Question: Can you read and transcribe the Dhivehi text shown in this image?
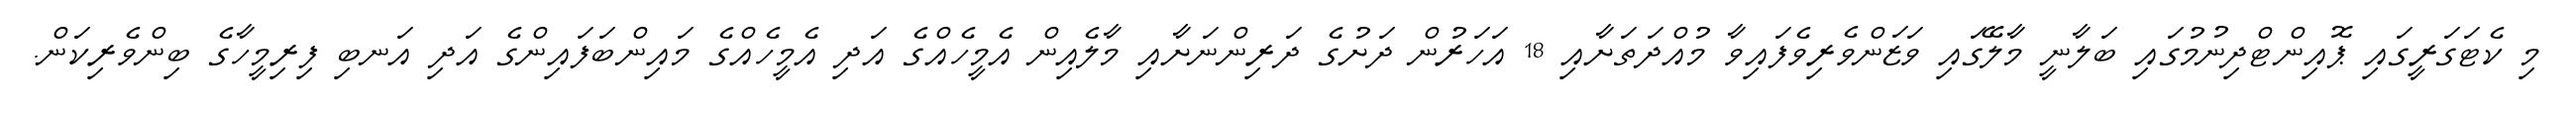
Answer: މި ކެޓަގަރީގައި ޕޮއިންޓްދިނުމުގައި ބަލާނީ މާލޭގައި ވަޒަންވެރިވެފައިވާ މުއްދަތަށާއި 18 އަހަރުން ދަށުގެ ދަރިންނަށާއި މާލެއިން އެމީހެއްގެ އަދި އެމީހެއްގެ މައިންބަފައިންގެ އަދި އަނބި ފިރިމީހާގެ ބިންވެރިކަން.